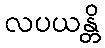
လပယန္တိ